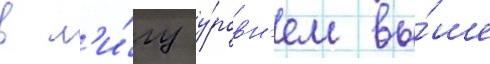
в л'и́гу у́ровн'ем вы́ше